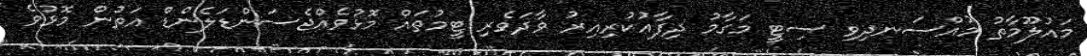
މައުލޫމާތު މުއްސަނދިވި ސިޓީ މަގާމު ދިފާއުކުރިއިރު ވާދަވެރި ޓީމުތައް މޮޅުވެއްޖެސަންޑަލެންޑް އަތުން މޮޅުވެ